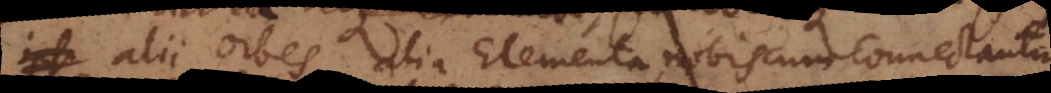
et alii orbes, alia Elementa nobiscum connectantur.